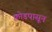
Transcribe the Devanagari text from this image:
कोडपासून